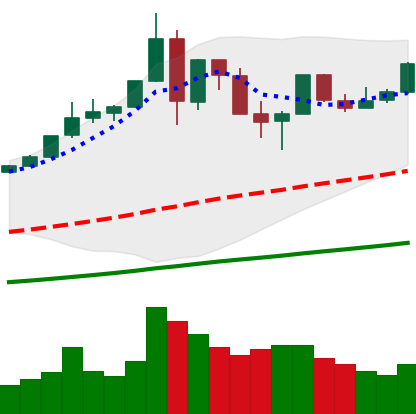
Ticker: BTC-USD
Chart end date: 2019-07-08
Forward return: -7.273%
Label: down_7plus